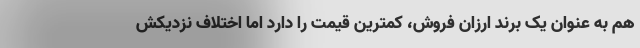
هم به عنوان یک برند ارزان فروش، کمترین قیمت را دارد اما اختلاف نزدیکش